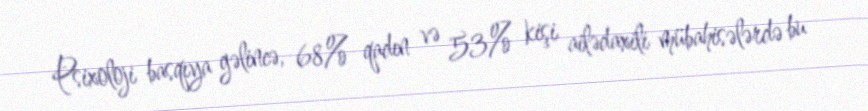
Psixoloji basqıya gəlincə, 68% qadın və 53% kişi ailədaxili mübahisələrdə bu